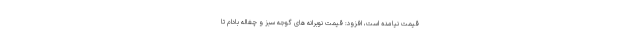
قیمت نیامده است، افزود: قیمت نوبرانه های گوجه سبز و چغاله بادام تا